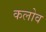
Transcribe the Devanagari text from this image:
कलोव